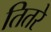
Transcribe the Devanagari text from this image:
तितरे